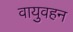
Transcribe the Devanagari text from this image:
वायुवहन